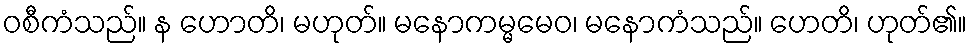
ဝစီကံသည်။ န ဟောတိ၊ မဟုတ်။ မနောကမ္မမေဝ၊ မနောကံသည်။ ဟေတိ၊ ဟုတ်၏။